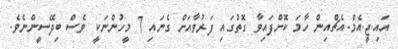
އައި.ޖީ.އެމް.އެޗްއިން ހާމަ ކޮށްފައިވާ ގޮތުގައި ފަރުވާއަށް ގެނައި 7 މީހުންނަކީ ވެސް ބިދޭސީންނެވެ.